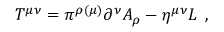
T ^ { \mu \nu } = \pi ^ { \rho ( \mu ) } \partial ^ { \nu } A _ { \rho } - \eta ^ { \mu \nu } { \cal L } \; \, ,